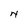
Character: N